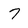
Character: 7